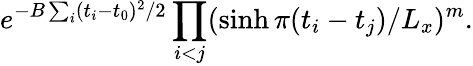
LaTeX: e^{-B\sum_{i}(t_{i}-t_{0})^{2}/2}\prod_{i<j}(\sinh\pi(t_{i}-t_{j})/L_{x})^{m}.